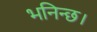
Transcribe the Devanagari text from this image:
भनिन्छ।